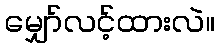
မျှော်လင့်ထားလဲ။